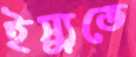
ইস্যুতে